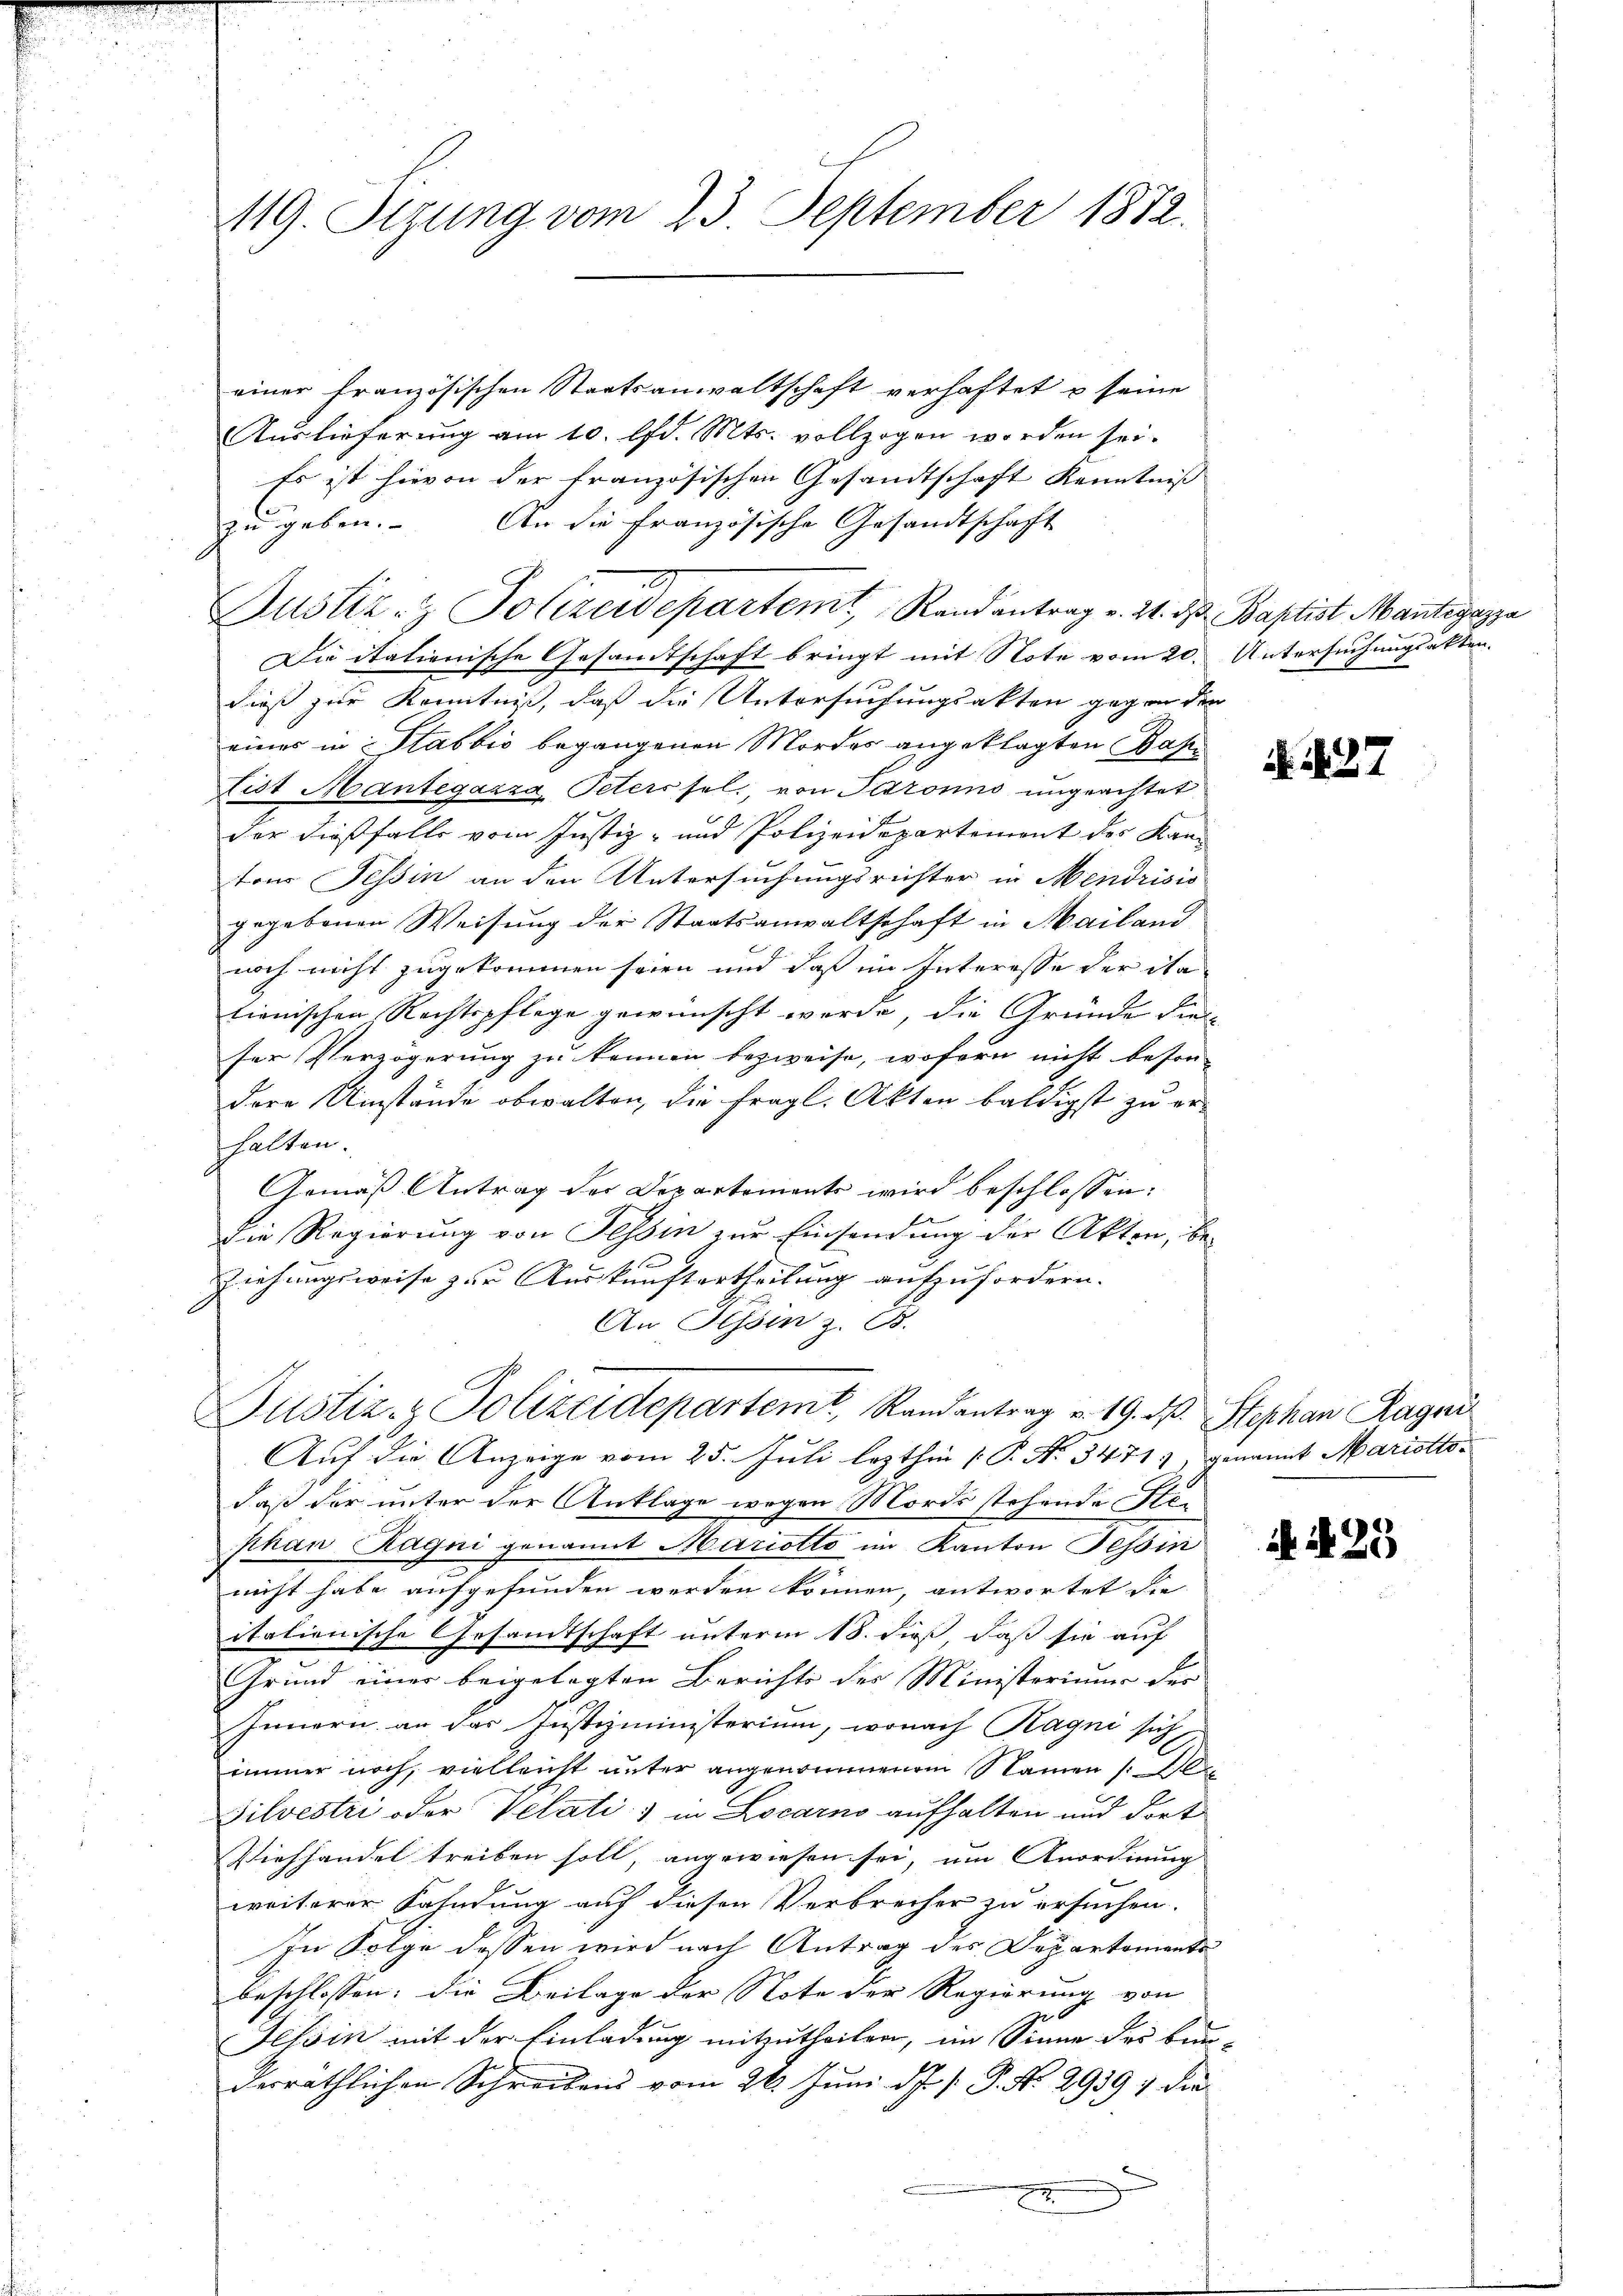
119. Sizung vom 23. September 1872.

einer französischen Staatsanwaltschaft verhaftet u seine
Auslieferung am 10. lfd. Mts. vollzogen worden sei.
Es ist hievon der französischen Gesandtschaft Kenntniß
zu geben. An die französische Gesandtschaft
Justiz- & Polizeidepartemt, Rand antrag v. 21. ds. Baptist Mantegazza
Die Stationische Gesandtschaft bringt mit Note vom 20. Untersuchungsakten.
dieß zur Kenntniß, daß die Untersuchungsakten gegen den
eines in Stabbić begangenen Mordes angeklagten Basi
List Mantegazza, Peterssel, von Patronno ungeachtet
der dießfalls vom Justiz- und Polizeidepartement des Kanton Tessin an den Untersuchungsrichter in Mendrisis
gegebenen Weisung der Staatsanwaltschaft in Mailand
noch nicht zugekommen seien und daß im Interesse der ita
tionischen Rechtspflege gewünscht werde, die Gründe die
ser Verzögerung zu kennen bezweife, wofern nicht beson-
dere Umstände obwalten, die fragl. Akten baldigst zu erhalten.
Gemäß Antrag der Departements wird beschlossen:
die Regierung von Tessin zur Einsendung der Akten, be¬
Ziehungsweise zur Auskunftertheilung aufzufordern.
An Hessin z. B.
Justiz- & Polizeidepartemt, Randantrag v. 19. d. Stephan Ragen
Auf die Anzeige vom 25. Juli lezthin [P. Nr. 3471), genannt Mariatiodaß der unter der Anklage wegen Mordsstehende Stiphan Ragni genannt Mariotto im Kanton Tessin
nicht habe aufgefunden werden können, antwortet die
italionische Gesandtschaft unterm 18. dieß, daß sie auf
Grund einer beigelegten Berichts des Ministeriums der
Innern an das Justizministerium, wonach Kogni sich
immer noch, vielleicht unter angenommenem Namen (1
Silvestri oder Velati) in Locarno aufhalten und dort
Viehhandel treiben soll, angewiesen sei, um Anordnung
weiterer Sahndung auf diesen Verbrecher zu ersuchen.
In Folge dessen wird nach Antrag des Departements
beschlossen; die Beilage der Note der Regierung von
Tessin mit der Einladung mitzutheilen, im Sinne des be-
derräthlichen Schreibens vom 26. Juni d.J. P. P. No. 29391 die
22

N. N. 27

ih N. 25